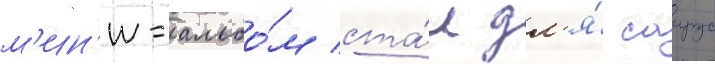
м'ин'и-альбо́м ста́л дл'я́ саирус